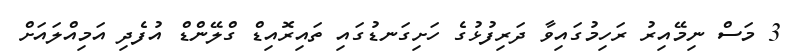
3 މަސް ނިމޭއިރު ރަހިމުގައިވާ ދަރިފުޅުގެ ހަށިގަނޑުގައި ތައިރޮއިޑް ގްލޭންޑް އުފެދި އަމިއްލައަށް